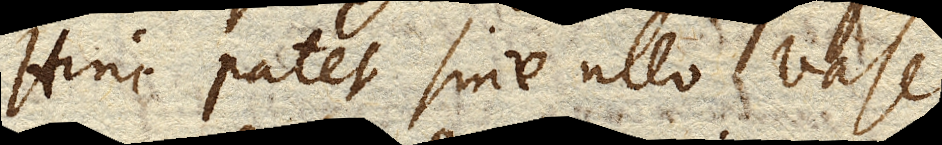
Hinc patet sine ullo vase